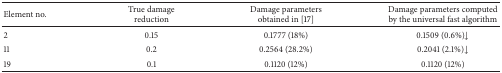
| Element no. | True damage reduction | Damage parameters obtained in [17] | Damage parameters computed by the universal fast algorithm |
 | --- | --- | --- | --- |
 | 2 | 0.15 | 0.1777 (18%) | 0.1509 (0.6%)↓ |
 | 11 | 0.2 | 0.2564 (28.2%) | 0.2041 (2.1%)↓ |
 | 19 | 0.1 | 0.1120 (12%) | 0.1120 (12%) |